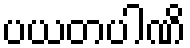
ပယတပါဏိ